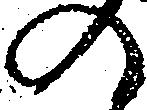
の